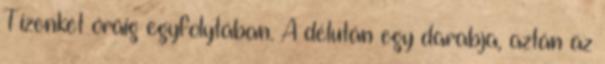
Tizenkét óráig egyfolytában. A délután egy darabja, aztán az